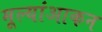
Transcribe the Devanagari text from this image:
मूल्यांआकन